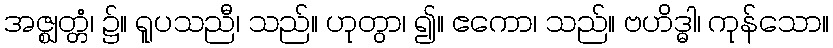
အဇ္ဈတ္တံ၊ ၌။ ရူပသညီ၊ သည်။ ဟုတွာ၊ ၍။ ဧကော၊ သည်။ ဗဟိဒ္ဓါ၊ ကုန်သော။